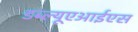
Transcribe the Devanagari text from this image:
डब्ल्यूएआईएस